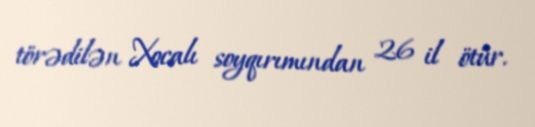
törədilən Xocalı soyqırımından 26 il ötür.